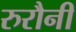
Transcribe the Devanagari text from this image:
रुरौनी